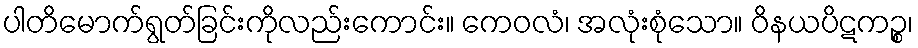
ပါတိမောက်ရွတ်ခြင်းကိုလည်းကောင်း။ ကေဝလံ၊ အလုံးစုံသော။ ဝိနယပိဋကဉ္စ၊